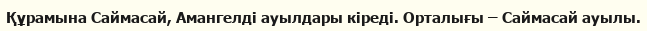
Құрамына Саймасай, Амангелді ауылдары кіреді. Орталығы – Саймасай ауылы.